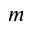
m